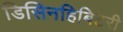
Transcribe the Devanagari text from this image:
डिसिनहिबिटरी